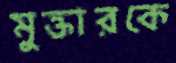
মুক্তারকে